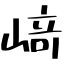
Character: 﨑